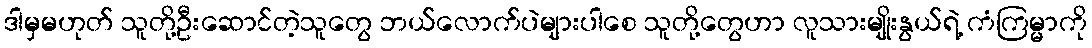
ဒါမှမဟုတ် သူတို့ဦးဆောင်တဲ့သူတွေ ဘယ်လောက်ပဲများပါစေ သူတို့တွေဟာ လူသားမျိုးနွယ်ရဲ့ ကံကြမ္မာကို